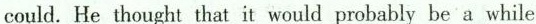
could. He thought that it would probably be a while